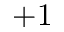
+ 1